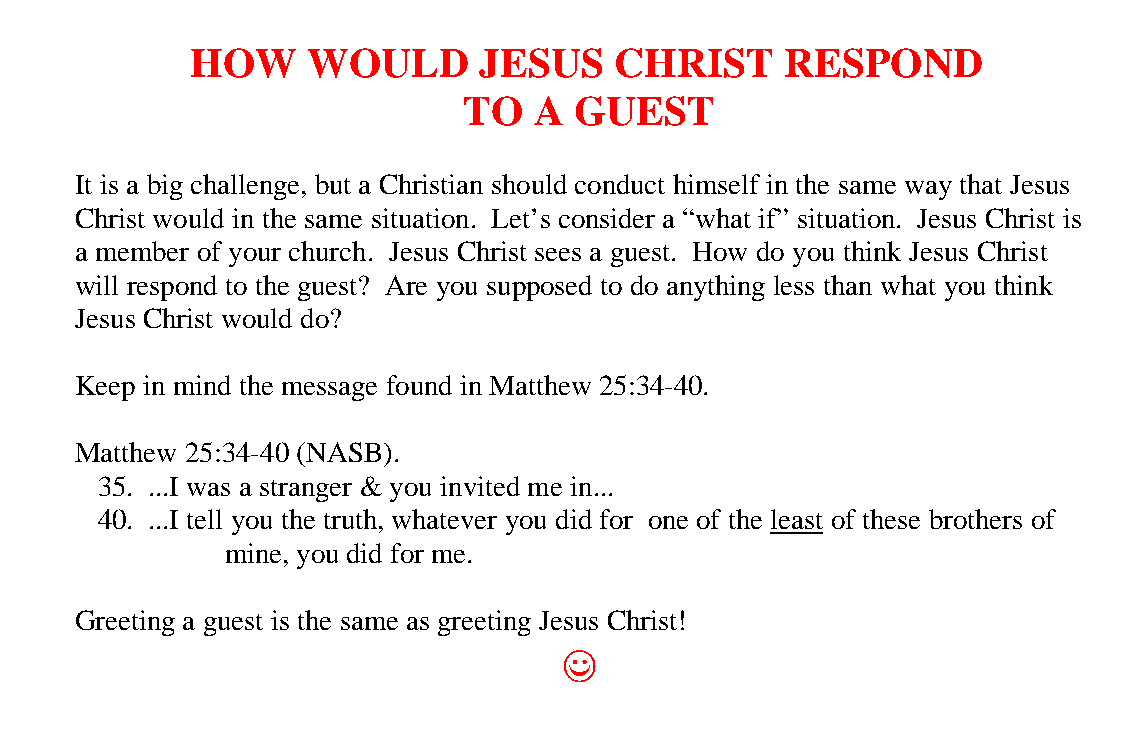
HOW    WOULD       JESUS    CHRIST     RESPOND
 TO  A  GUEST
 It is a big challenge, but a Christian should conduct himself in the same way that Jesus
 Christ would in the same situation. Let’s consider a “what if” situation. Jesus Christ is
 a member of your church. Jesus Christ sees a guest. How do you think Jesus Christ
 will respond to the guest? Are you supposed to do anything less than what you think
 Jesus Christ would do?
 Keep in mind the message found in Matthew 25:34-40.
 Matthew 25:34-40 (NASB).
 35. ...I was a stranger & you invited me in...
 40. ...I tell you the truth, whatever you did for one of the least of these brothers of
 mine, you did for me.
 Greeting a guest is the same as greeting Jesus Christ!
 ((